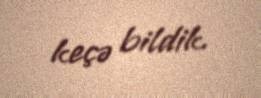
keçə bildik.